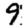
Digit: 9